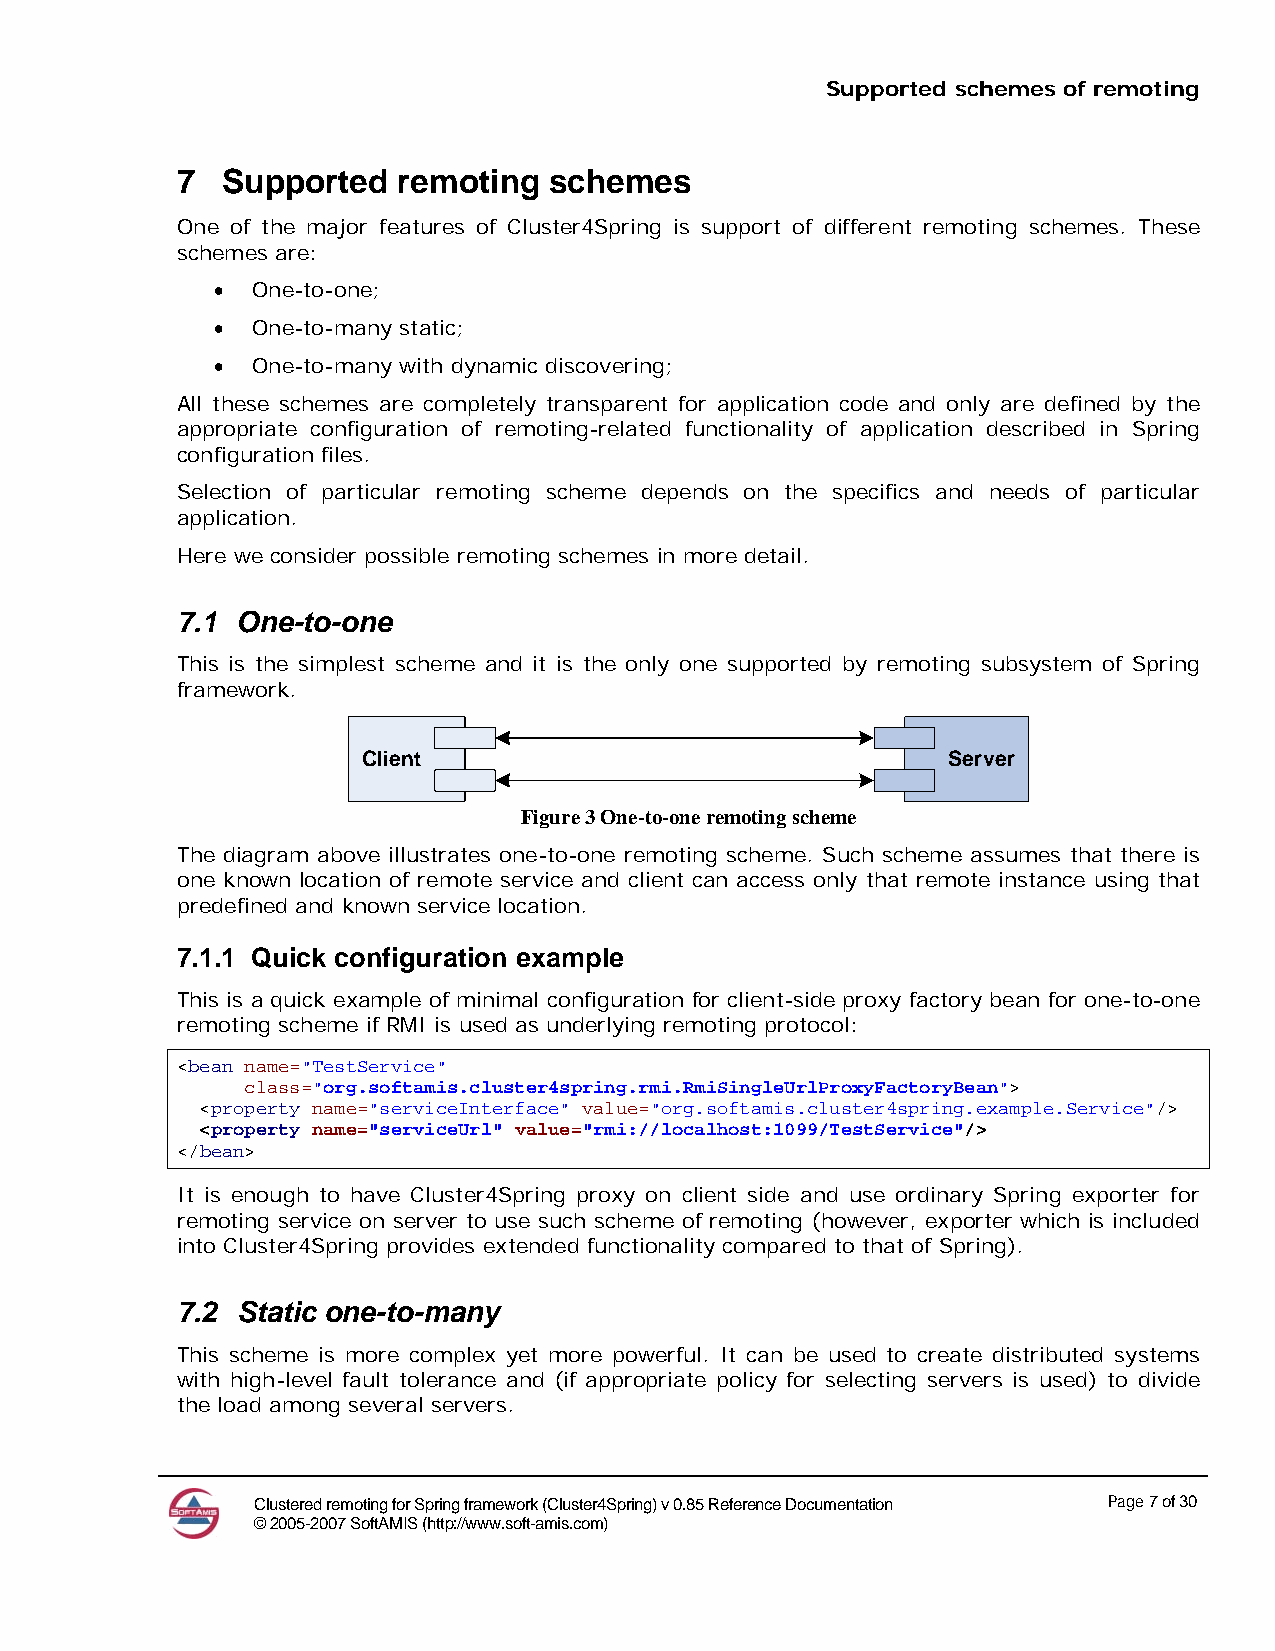
Supported schemes of remoting
 7  Supported  remoting  schemes
 One of the major features of Cluster4Spring is support of different remoting schemes. These
 schemes are:
 •  One-to-one;
 •  One-to-many static;
 •  One-to-many with dynamic discovering;
 All these schemes are completely transparent for application code and only are defined by the
 appropriate configuration of remoting-related functionality of application described in Spring
 configuration files.
 Selection of particular remoting scheme depends on the specifics and needs of particular
 application.
 Here we consider possible remoting schemes in more detail.
 7.1 One-to-one
 This is the simplest scheme and it is the only one supported by remoting subsystem of Spring
 framework.
 Client                                 Server
 Figure 3 One-to-one remoting scheme
 The diagram above illustrates one-to-one remoting scheme. Such scheme assumes that there is
 one known location of remote service and client can access only that remote instance using that
 predefined and known service location.
 7.1.1 Quick configuration example
 This is a quick example of minimal configuration for client-side proxy factory bean for one-to-one
 remoting scheme if RMI is used as underlying remoting protocol:
 <bean name="TestService"
 class="org.softamis.cluster4spring.rmi.RmiSingleUrlProxyFactoryBean">
 <property name="serviceInterface" value="org.softamis.cluster4spring.example.Service"/>
 <property name="serviceUrl" value="rmi://localhost:1099/TestService"/>
 </bean>
 It is enough to have Cluster4Spring proxy on client side and use ordinary Spring exporter for
 remoting service on server to use such scheme of remoting (however, exporter which is included
 into Cluster4Spring provides extended functionality compared to that of Spring).
 7.2 Static one-to-many
 This scheme is more complex yet more powerful. It can be used to create distributed systems
 with high-level fault tolerance and (if appropriate policy for selecting servers is used) to divide
 the load among several servers.
 Clustered remoting for Spring framework (Cluster4Spring) v 0.85 Reference Documentation Page 7 of 30
 © 2005-2007 SoftAMIS (http://www.soft-amis.com)